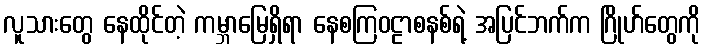
လူသားတွေ နေထိုင်တဲ့ ကမ္ဘာမြေရှိရာ နေစကြဝဠာစနစ်ရဲ့ အပြင်ဘက်က ဂြိုဟ်တွေကို